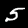
Digit: 5